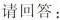
请回答：